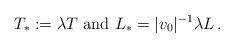
LaTeX: \begin{align*}T_*:=\lambda T\textrm{ and } {L}_*=|v_0|^{-1}\lambda L\,.\end{align*}